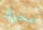
محرك